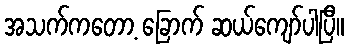
အသက်ကတော့ ခြောက် ဆယ်ကျော်ပါပြီ။